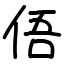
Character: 俉